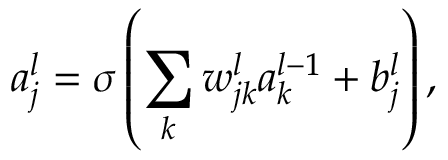
a _ { j } ^ { l } = \sigma \left( \sum _ { k } w _ { j k } ^ { l } a _ { k } ^ { l - 1 } + b _ { j } ^ { l } \right) ,